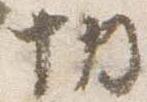
切